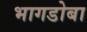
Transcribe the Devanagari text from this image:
भागडोबा